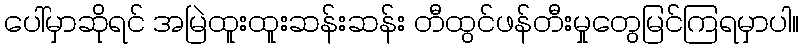
ပေါ်မှာဆိုရင် အမြဲထူးထူးဆန်းဆန်း တီထွင်ဖန်တီးမှုတွေမြင်ကြရမှာပါ။